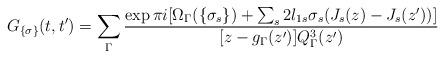
LaTeX: \begin{align*}G_{\{\sigma\}}(t,t')= \sum_\Gamma\frac{\exp\pi i[\Omega_\Gamma(\{\sigma_s\})+\sum_s2l_{1s} \sigma_s(J_s(z)-J_s(z'))]} {[z-g_\Gamma(z')]Q_\Gamma^3(z')}\end{align*}